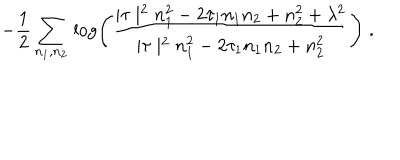
LaTeX: \! \! \! \! - \frac { 1 } { 2 } \sum _ { n _ { 1 } , n _ { 2 } } \, \log \left( \frac { \mid \tau \mid ^ { 2 } n _ { 1 } ^ { 2 } - 2 \tau _ { 1 } n _ { 1 } n _ { 2 } + n _ { 2 } ^ { 2 } + \lambda ^ { 2 } } { \mid \tau \mid ^ { 2 } n _ { 1 } ^ { 2 } - 2 \tau _ { 1 } n _ { 1 } n _ { 2 } + n _ { 2 } ^ { 2 } } \right) \; .